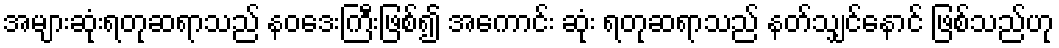
အများဆုံးရတုဆရာသည် နဝဒေးကြီးဖြစ်၍ အကောင်း ဆုံး ရတုဆရာသည် နတ်သျှင်နောင် ဖြစ်သည်ဟု